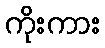
ကိုးကား